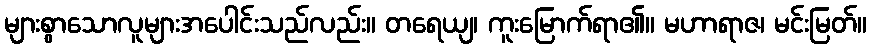
များစွာသောလူများအပေါင်းသည်လည်း။ တရေယျ၊ ကူးမြောက်ရာ၏။ မဟာရာဇ၊ မင်းမြတ်။